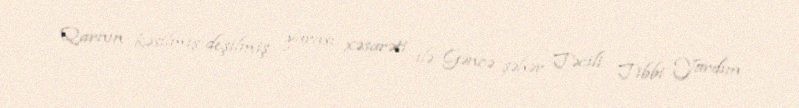
Qarnın kəsilmiş deşilmiş yarası xəsarəti ilə Gəncə şəhər Təcili Tibbi Yardım